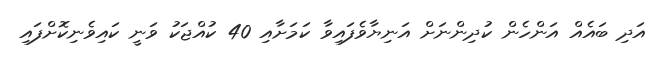
އަދި ބައެއް އަންހެން ކުދިންނަށް އަނިޔާވެފައިވާ ކަމަށާއި 40 ކުއްޖަކު ވަނީ ކައިވެނިކޮށްފައި